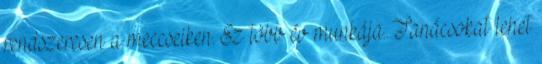
rendszeresen a meccseiken. Ez több év munkája. Tanácsokat lehet